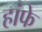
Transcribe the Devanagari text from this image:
हांफे